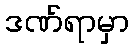
ဒဏ်ရာမှာ